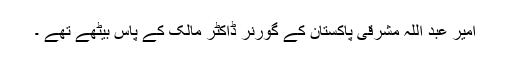
امیر عبد اللہ مشرقی پاکستان کے گورنر ڈاکٹر مالک کے پاس بیٹھے تھے ۔